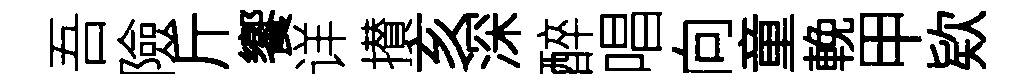
吾險斤饗详攅亥深醉唱向童輓甲欵